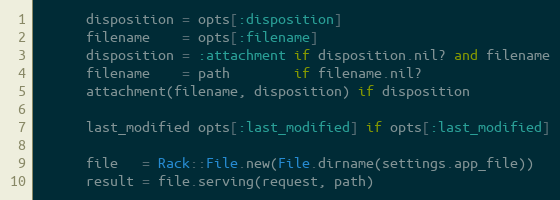
Language: Ruby
      disposition = opts[:disposition]
      filename    = opts[:filename]
      disposition = :attachment if disposition.nil? and filename
      filename    = path        if filename.nil?
      attachment(filename, disposition) if disposition

      last_modified opts[:last_modified] if opts[:last_modified]

      file   = Rack::File.new(File.dirname(settings.app_file))
      result = file.serving(request, path)